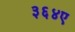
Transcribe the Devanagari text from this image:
३६४ए